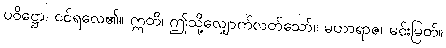
ပဝိဋ္ဌော၊ ဝင်ရလေ၏။ ဣတိ၊ ဤသို့လျှောက်လတ်သော်။ မဟာရာဇ၊ မင်းမြတ်။